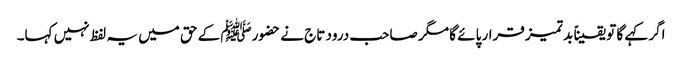
اگر کہے گا تو یقیناً بد تمیز قرار پائے گا مگر صاحب درود تاج نے حضورﷺ کے حق میں یہ لفظ نہیں کہا۔